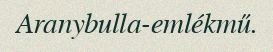
Aranybulla-emlékmű.